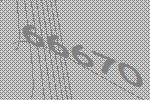
66670